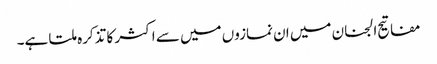
مفاتیح الجنان میں ان نمازوں میں سے اکثر کا تذکرہ ملتا ہے۔